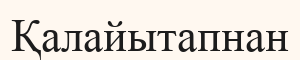
Қалайытапнан